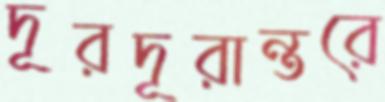
দূরদূরান্তরে